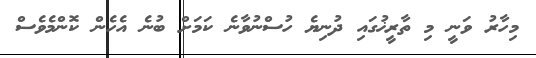
މިހާރު ވަނީ މި ތާރީޚުގައި ދުނިޔެ ހުސްނުވާނެ ކަމަށް ބުނެ އެހެން ކޮންމެވެސް